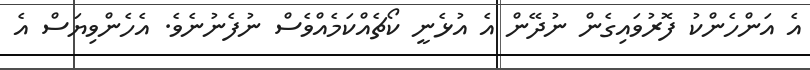
އެ އަންހެންކު ފޮރުވައިގެން ނުދޭން އެ އުޅެނީ ކޯޗެއްކަމެއްވެސް ނުފެނުނެވެ. އެހެންވިޔަސް އެ